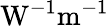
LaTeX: \mathrm{W^{-1}m^{-1}}